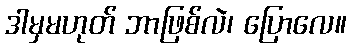
ဒါမှမဟုတ် ဘာဖြစ်လဲ၊ ပြောလေ။